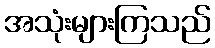
အသုံးများကြသည်